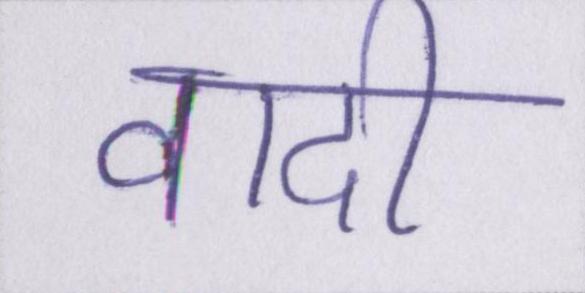
वादी